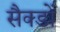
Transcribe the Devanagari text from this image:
सैक्डों